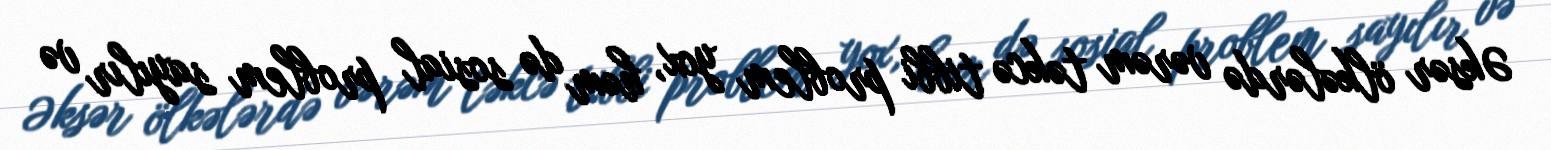
Əksər ölkələrdə vərəm təkcə tibbi problem yox, həm də sosial problem sayılır və